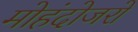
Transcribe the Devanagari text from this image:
मोहंदोजरो